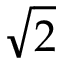
\sqrt { 2 }